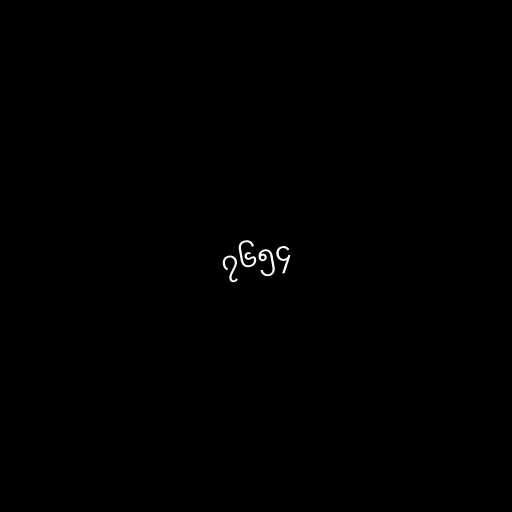
၇၆၅၄